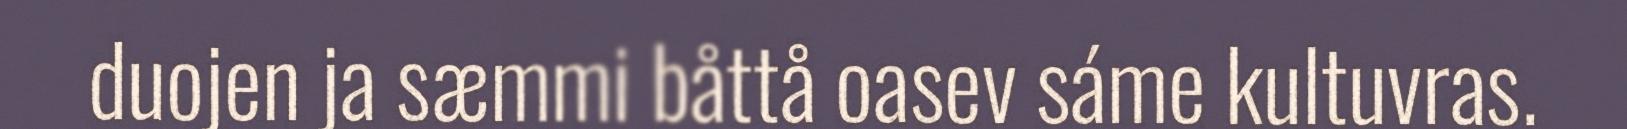
duojen ja sæmmi båttå oasev sáme kultuvras.